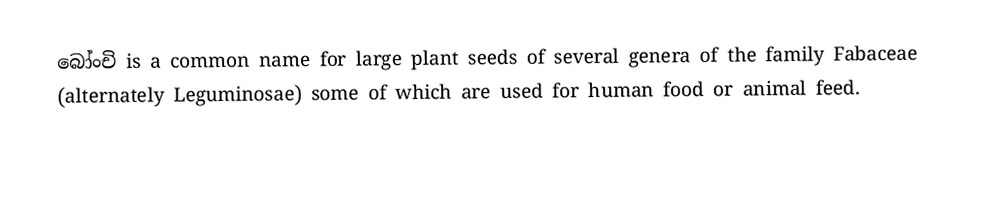
බෝංචි is a common name for large plant seeds of several genera of the family Fabaceae (alternately Leguminosae) some of which are used for human food or animal feed.